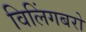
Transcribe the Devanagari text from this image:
विलिंगबरो